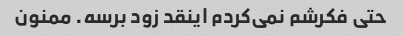
حتی فکرشم نمی‌کردم اینقد زود برسه. ممنون